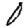
Digit: 0